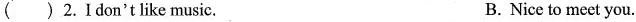
()2.Ⅰdon't like music. B. Nice to meet you.